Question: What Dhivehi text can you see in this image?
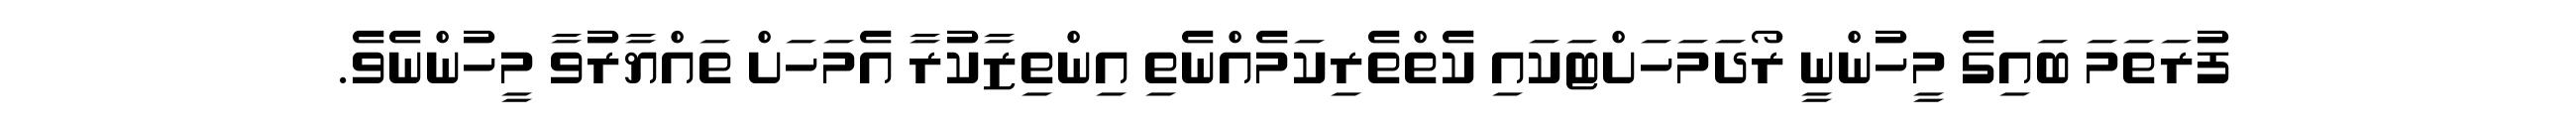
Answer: ފުރަތަމަ ބައިގެ މީހުންނީ ރޯދަމަހަށްޓަކައި ކެތްތެރިކަމެއްނެތި އިންތިޒާކުރާ އެމަހަށް ތައްޔާރުވާ މީހުންނެވެ.